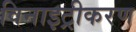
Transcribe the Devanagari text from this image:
विनाइट्रीकरण